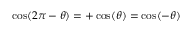
\cos ( 2 \pi - \theta ) = + \cos ( \theta ) = \cos ( - \theta )